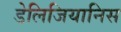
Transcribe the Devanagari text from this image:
डेलिजियानिस